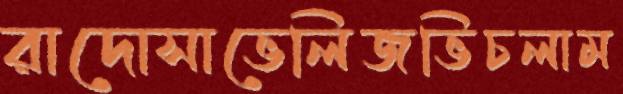
রাদোসাভেলিজভিচলাম